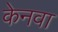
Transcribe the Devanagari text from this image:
केनवा